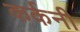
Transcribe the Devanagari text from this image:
कर्कनी